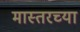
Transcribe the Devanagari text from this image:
मास्तरच्या